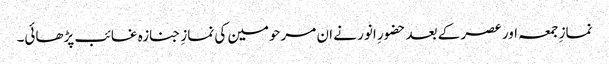
نمازِ جمعہ اور عصر کے بعد حضورِ انور نے ان مرحومین کی نمازِ جنازہ غائب پڑھائی۔